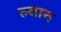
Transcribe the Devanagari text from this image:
ल्वान